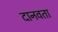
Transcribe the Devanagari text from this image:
दानवता